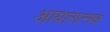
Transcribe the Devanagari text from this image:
आयारात्नच